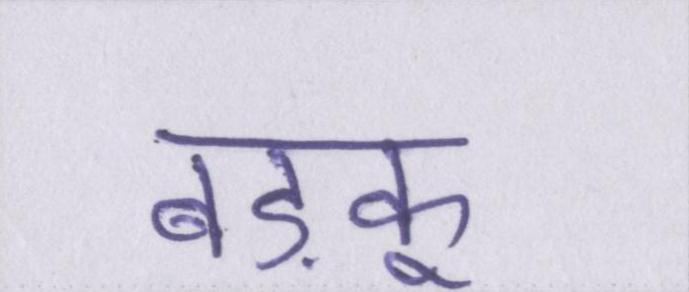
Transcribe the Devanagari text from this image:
बड़कू